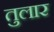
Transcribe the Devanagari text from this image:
तुलार